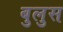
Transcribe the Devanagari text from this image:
बुलुस